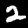
Label: 2